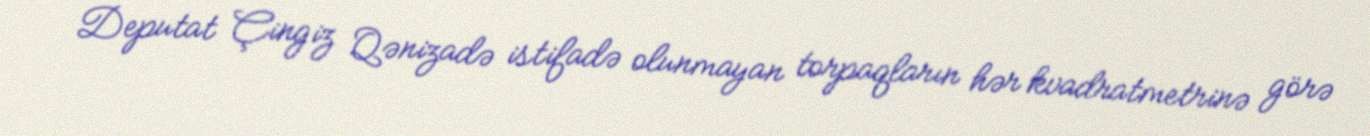
Deputat Çingiz Qənizadə istifadə olunmayan torpaqların hər kvadratmetrinə görə